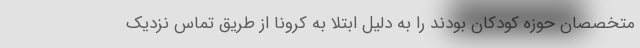
متخصصان حوزه کودکان بودند را به دلیل ابتلا به کرونا از طریق تماس نزدیک